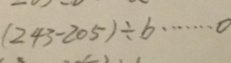
( 2 4 3 - 2 0 5 ) \div b \cdots 0